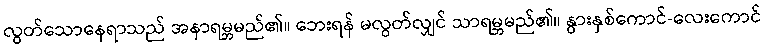
လွတ်သောနေရာသည် အနာရမ္ဘမည်၏။ ဘေးရန် မလွတ်လျှင် သာရမ္ဘမည်၏။ နွားနှစ်ကောင်-လေးကောင်